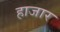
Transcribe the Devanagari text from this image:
हाजार